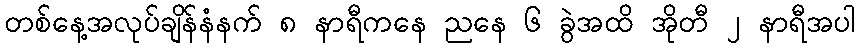
တစ်နေ့အလုပ်ချိန်နံနက် ၈ နာရီကနေ ညနေ ၆ ခွဲအထိ အိုတီ ၂ နာရီအပါ